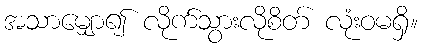
အသာမျှော၍ လိုက်သွားလိုစိတ် လုံးဝမရှိ။